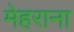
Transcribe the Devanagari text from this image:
मेहराना